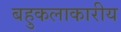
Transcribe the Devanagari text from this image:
बहुकलाकारीय